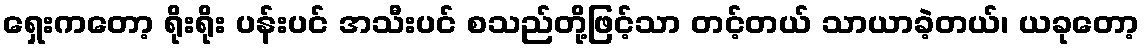
ရှေးကတော့ ရိုးရိုး ပန်းပင် အသီးပင် စသည်တို့ဖြင့်သာ တင့်တယ် သာယာခဲ့တယ်၊ ယခုတော့